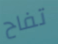
تفاح